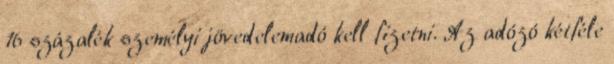
16 százalék személyi jövedelemadó kell fizetni. Az adózó kétféle